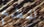
للمطبخ